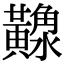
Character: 𪏠